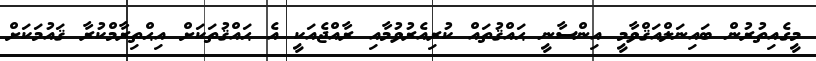
މީގެއިތުރުން ބައިނަލްއަޤްވާމީ އިންސާނީ ޙައްޤުތައް ކުރިއެރުވުމާއި ރާއްޖެއަކީ އެ ޙައްޤުތަކަށް އިޙްތިރާމްކުރާ ޤައުމަކަށް